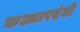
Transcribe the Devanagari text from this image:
कट्यारदंती